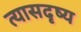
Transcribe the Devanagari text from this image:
त्यासदृष्य